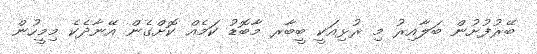
ބޭރުފުށުން ބަލާއިރު މި ރުޅިއަކީ ބީބާރ މާބޮޑު ކަމެއް ކޮށްގެން އޭނާދެކެ މިމީހުން